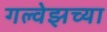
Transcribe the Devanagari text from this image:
गल्वेझच्या